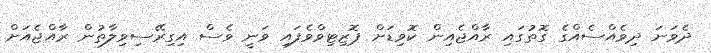
ދެވަނަ ދިވެއްސެއްގެ ގޮތުގައި ރާއްޖެއިން ކޮވިޑަށް ޕޮޒިޓިވްވެފައި ވަނީ ވެސް އިގިރޭސިވިލާތުން ރާއްޖެއަށް